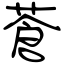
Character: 蒼